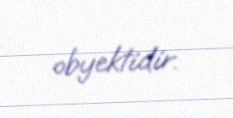
obyektidir.